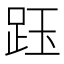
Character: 𧿷